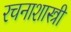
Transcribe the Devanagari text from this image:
रचनाशास्त्री